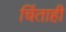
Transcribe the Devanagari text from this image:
चिंताही